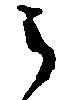
之